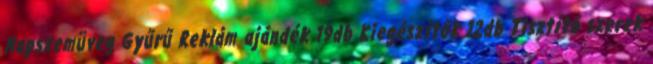
Napszemüveg Gyűrű Reklám ajándék 19db Kiegészítők 12db Tisztító szerek